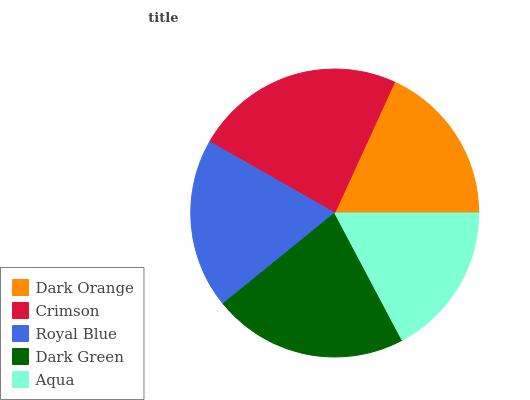
| Dark Orange | Crimson | Royal Blue | Dark Green | Aqua |
 | --- | --- | --- | --- | --- |
 | 18.2% | 23.6% | 19.1% | 22% | 17.2% |